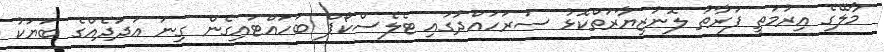
މާލޭގެ އިރުމަތީ ފަރާތު ލޮނުޒިޔާރަތްކޮޅު ސަރަހައްދުގައި ޓެލެސްކޯޕް ބަހައްޓައިގެން ގިނަ އަދަދެއްގެ ބަޔަކު